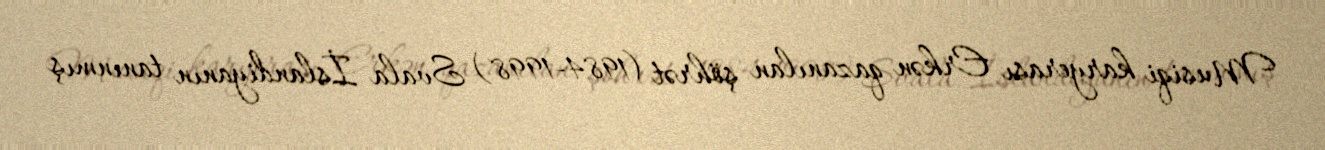
Musiqi karyerası Erkən qazanılan şöhrət (1984-1998) Svala İslandiyanın tanınmış